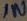
Text: IN